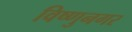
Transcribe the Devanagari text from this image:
विष्णुनगर